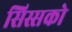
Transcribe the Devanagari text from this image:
सिस्सको